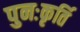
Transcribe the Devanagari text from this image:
पुनःकृर्ति